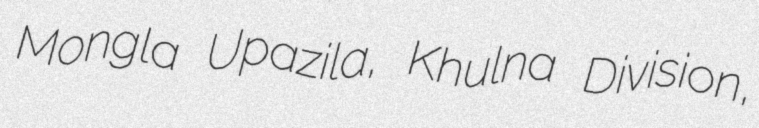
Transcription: Mongla Upazila, Khulna Division,